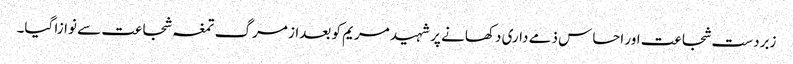
زبردست شجاعت اور احساس ذمے داری دکھانے پر شہید مریم کو بعداز مرگ تمغہ شجاعت سے نوازا گیا۔